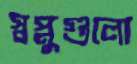
স্বপ্নুগুলো